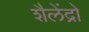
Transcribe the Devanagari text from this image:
शैलेंद्रो